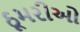
ઠૂમરીઓ